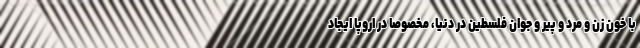
با خون زن و مرد و پیر و جوان فلسطین در دنیا، مخصوصاً در اروپا ایجاد